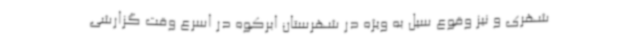
شهری و نیز ‌وقوع سیل به ویژه در شهرستان ابرکوه در اسرع وقت گزارشی